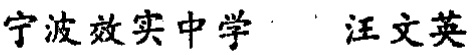
宁波效实中学 汪文英